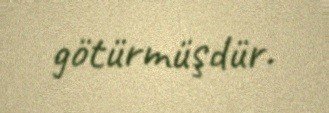
götürmüşdür.